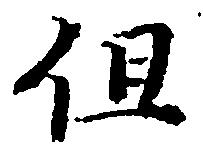
但